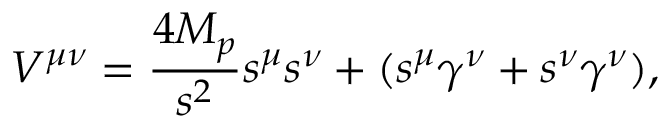
V ^ { \mu \nu } = { \frac { 4 M _ { p } } { s ^ { 2 } } } s ^ { \mu } s ^ { \nu } + ( s ^ { \mu } \gamma ^ { \nu } + s ^ { \nu } \gamma ^ { \nu } ) ,